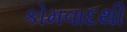
કોમવાદથી